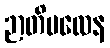
ဉာတိဗလေန